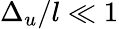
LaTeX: \Delta_{u}/l\ll 1